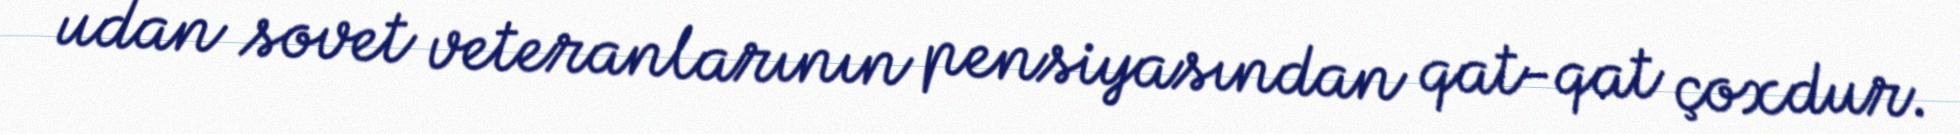
udan sovet veteranlarının pensiyasından qat-qat çoxdur.